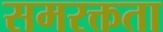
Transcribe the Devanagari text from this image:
समरक्तता